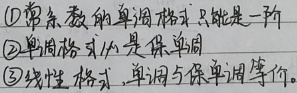
\textcircled{1} 常系数的单调格式只能是一阶。
\textcircled{2} 单调格式必是保单调。
\textcircled{3} 线性格式，单调与保单调等价。